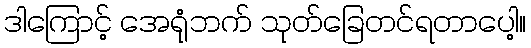
ဒါကြောင့် အေရုံဘက် သုတ်ခြေတင်ရတာပေါ့။